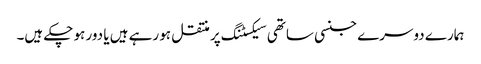
ہمارے دوسرے جنسی ساتھی سیکسٹنگ پر منتقل ہو رہے ہیں یا دور ہو چکے ہیں۔